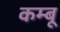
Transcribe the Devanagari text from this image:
कम्बू